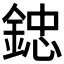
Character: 𨨩